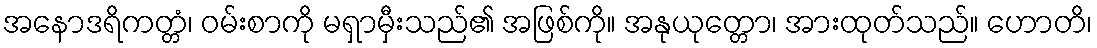
အနောဒရိကတ္တံ၊ ဝမ်းစာကို မရှာမှီးသည်၏ အဖြစ်ကို။ အနုယုတ္တော၊ အားထုတ်သည်။ ဟောတိ၊